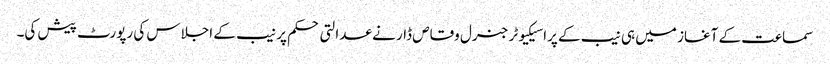
سماعت کے آغاز میں ہی نیب کے پراسیکیوٹر جنرل وقاص ڈار نے عدالتی حکم پر نیب کے اجلاس کی رپورٹ پیش کی۔